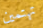
تهتمين